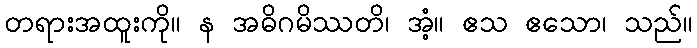
တရားအထူးကို။ န အဓိဂမိဿတိ၊ အံ့။ ဧသ ဧသော၊ သည်။